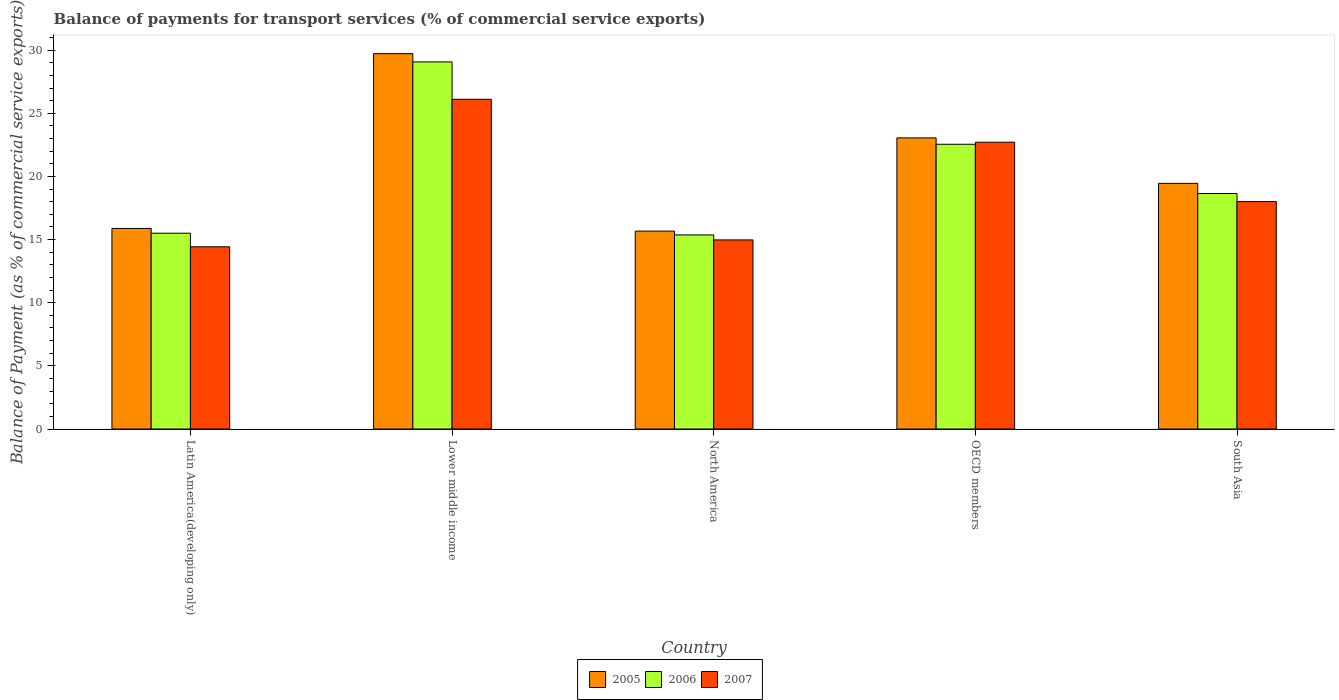
| Country | 2005 | 2006 | 2007 |
 | --- | --- | --- | --- |
 | Latin America(developing only) | 15.9 | 15.5 | 14.4 |
 | Lower middle income | 29.7 | 29.1 | 26.1 |
 | North America | 15.7 | 15.4 | 15 |
 | OECD members | 23.1 | 22.5 | 22.7 |
 | South Asia | 19.5 | 18.6 | 18 |